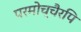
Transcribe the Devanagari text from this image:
परमोच्चैरपि